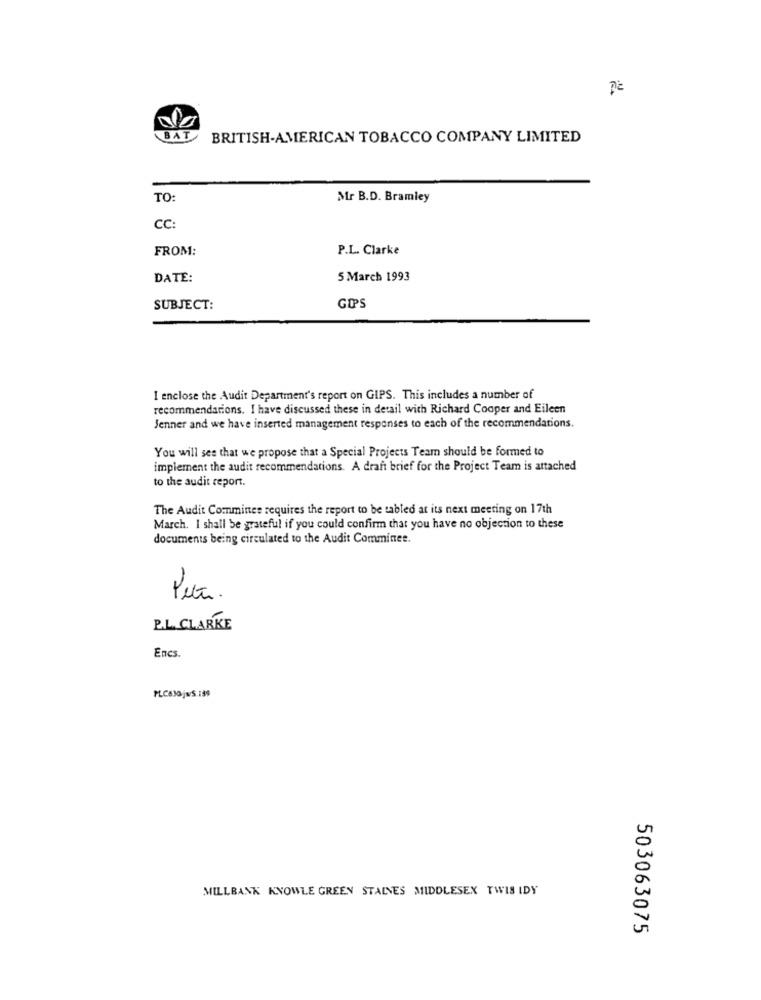
BAT
BRITISH-AMERICAN TOBACCO COMPANY LIMITED
TO:
Mr B.D. Bramley
CC
FROM:
P.L. Clarke
DATE:
5 March 1993
SUBJECT:
I enclose the Audit Department's report on GIPS. This includes a number of
recommendations. I have discussed these in detail with Richard Cooper and Eileen
Jenner and we have inserted management responses to each of the recommendations.
You will see that we propose that a Special Projects Team should be formed to
implement the audit recommendations. A draft brief for the Project Team is attached
to the audit report.
The Audit Committee requires the report to be tabled at its next meeting on 17th
March. I shall be grateful if you could confirm that you have no objection to these
documents being circulated to the Audit Comminee.
P.L. CLARKE
Encs.
PLCSJOjwS.139
MILLBANK KNOWLE GREEN STAINES MIDDLESEX TWIS IDY
503063075